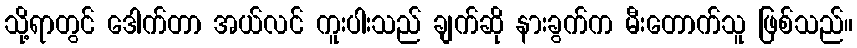
သို့ရာတွင် ဒေါက်တာ အယ်လင် ကူးပါးသည် ချက်ဆို နားခွက်က မီးတောက်သူ ဖြစ်သည်။